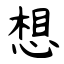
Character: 想